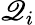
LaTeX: \mathscr{Q}_{i}